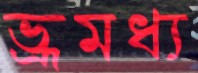
ভ্রূমধ্য